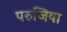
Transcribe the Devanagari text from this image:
परुजिया